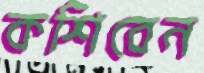
কশিবেন